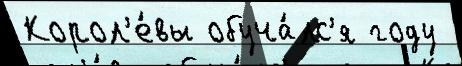
Корол'е́вы обуча́лс'я году